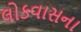
લોકવાસના